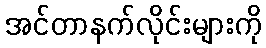
အင်တာနက်လိုင်းများကို